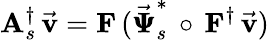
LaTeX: {\mathbf A}_{s}^{\dagger}\, \vec{\mathbf v}={\mathbf F}\, (\vec{\pmb{{\Psi}}}_{s}^{*}\, \circ\, {\mathbf F}^{\dagger}\, \vec{\mathbf v})